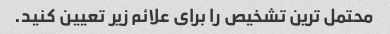
محتمل ترین تشخیص را برای علائم زیر تعیین کنید.